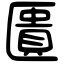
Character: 匱